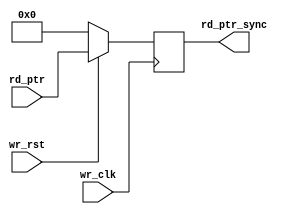
module sync_r2w #(parameter add_size = 3)
(
output reg [add_size:0] rd_ptr_sync,   // read pointer after synchronization
input [add_size:0] rd_ptr,   // read pointer before synchronization
input wr_clk, wr_rst);  // write clock, write reset


always @(posedge wr_clk )

if (!wr_rst) 
begin
rd_ptr_sync <=0;  // if reset assign both to zero
end
else
begin

rd_ptr_sync<= rd_ptr;
end
endmodule